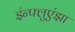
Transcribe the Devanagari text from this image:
इंन्फ्लुएंझा